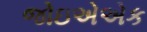
જોઇએએક